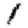
Digit: 1